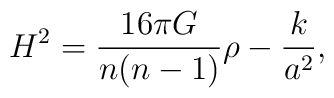
H^2={{16\pi G}\over{n(n-1)}}\rho-{k\over a^2},